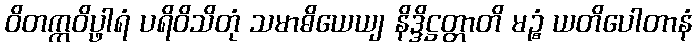
ဝိတက္ကဝိပ္ဖါရံ ပရိဝိသိတုံ သမာဓိယေယျ နိဒ္ဒိဋ္ဌတ္တာတိ မဉ္စံ ယတိပေါတာနံ